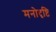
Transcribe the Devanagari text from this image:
मनोदृष्टि